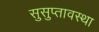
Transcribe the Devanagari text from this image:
सुसुप्तावस्था